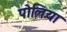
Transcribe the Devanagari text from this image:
पोलिया